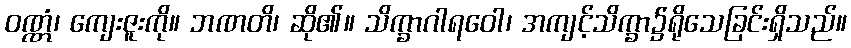
ဝဏ္ဏံ၊ ကျေးဇူးကို။ ဘဏတိ၊ ဆို၏။ သိက္ခာဂါရဝေါ၊ အကျင့်သိက္ခာ၌ရိုသေခြင်းရှိသည်။